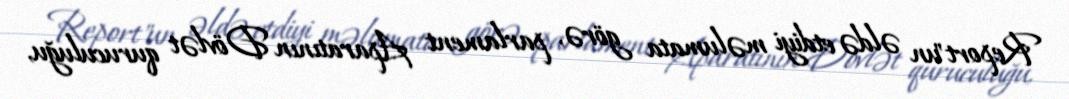
Report"un əldə etdiyi məlumata görə, parlament Aparatının Dövlət quruculuğu,